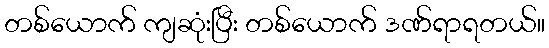
တစ်ယောက် ကျဆုံးပြီး တစ်ယောက် ဒဏ်ရာရတယ်။